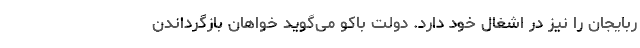
ربایجان را نیز در اشغال خود دارد. دولت باکو می‌گوید خواهان بازگرداندن